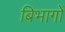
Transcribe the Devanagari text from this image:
बिभागों